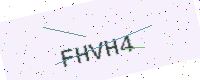
Text: FHVH4